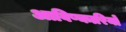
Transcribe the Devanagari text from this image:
आविष्कारियों